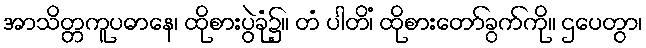
အာသိတ္တကူပဓာနေ၊ ထိုစားပွဲခုံ၌။ တံ ပါတိံ၊ ထိုစားတော်ခွက်ကို။ ဌပေတွာ၊